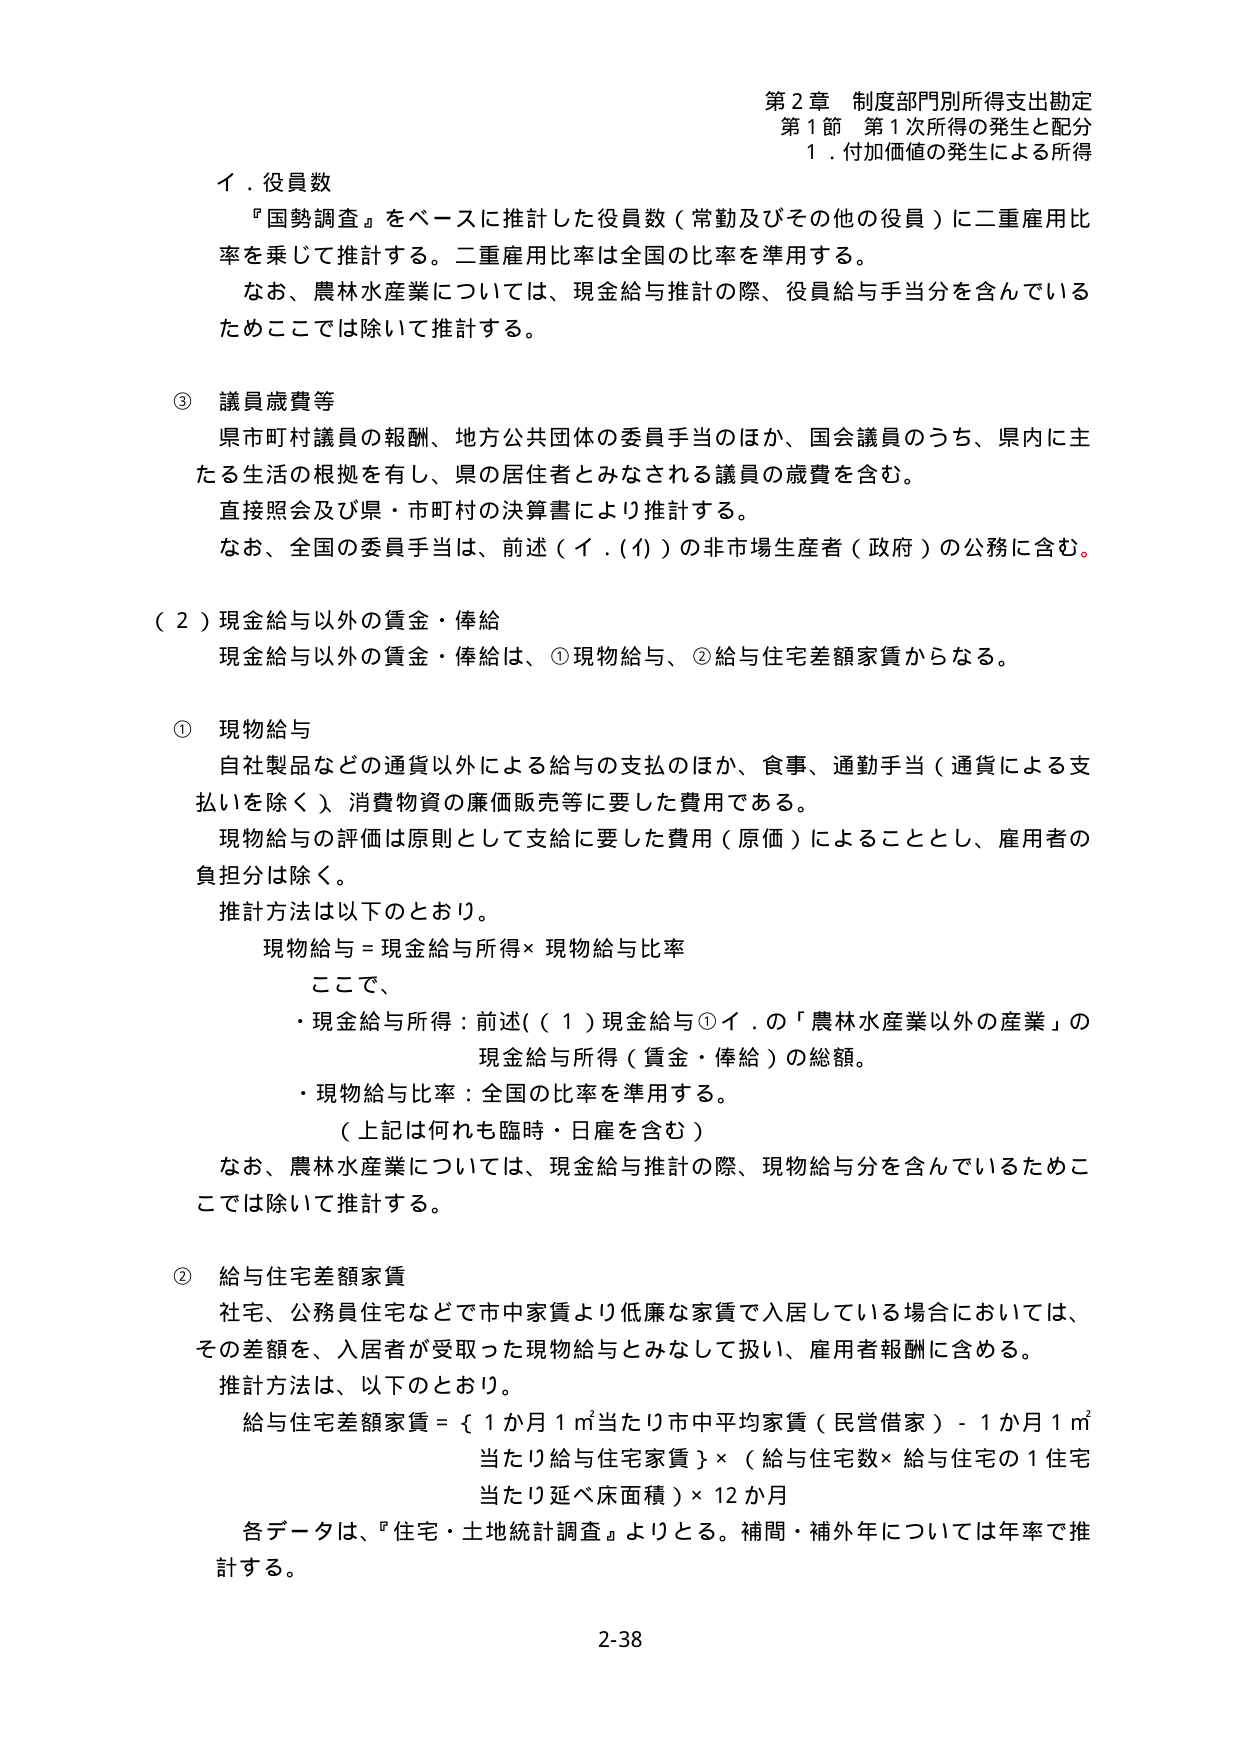
第２章 制度部門別所得支出勘定
第１節 第１次所得の発生と配分
１．付加価値の発生による所得

イ．役員数
『国勢調査』をベースに推計した役員数（常勤及びその他の役員）に二重雇用比率を乗じて推計する。二重雇用比率は全国の比率を準用する。
なお、農林水産業については、現金給与推計の際、役員給与手当分を含んでいるためここでは除いて推計する。

③ 議員歳費等
県市町村議員の報酬、地方公共団体の委員手当のほか、国会議員のうち、県内に主たる生活の根拠を有し、県の居住者とみなされる議員の歳費を含む。
直接照会及び県・市町村の決算書により推計する。
なお、全国の委員手当は、前述（イ．(イ)）の非市場生産者（政府）の公務に含む。

（２）現金給与以外の賃金・俸給
現金給与以外の賃金・俸給は、①現物給与、②給与住宅差額家賃からなる。

① 現物給与
自社製品などの通貨以外による給与の支払のほか、食事、通勤手当（通貨による支払いを除く）、消費物資の廉価販売等に要した費用である。
現物給与の評価は原則として支給に要した費用（原価）によることとし、雇用者の負担分は除く。
推計方法は以下のとおり。
　現物給与＝現金給与所得×現物給与比率
　ここで、
　・現金給与所得：前述（（１）現金給与①イ．の「農林水産業以外の産業」の現金給与所得（賃金・俸給）の総額。
　・現物給与比率：全国の比率を準用する。
　　（上記は何れも臨時・日雇を含む）
なお、農林水産業については、現金給与推計の際、現物給与分を含んでいるためここでは除いて推計する。

② 給与住宅差額家賃
社宅、公務員住宅などで市中家賃より低廉な家賃で入居している場合においては、その差額を、入居者が受取った現物給与とみなして扱い、雇用者報酬に含める。
推計方法は、以下のとおり。
　給与住宅差額家賃＝｛１か月１㎡当たり市中平均家賃（民営借家）－１か月１㎡当たり給与住宅家賃｝×（給与住宅数×給与住宅の１住宅当たり延べ床面積）×12か月
各データは、『住宅・土地統計調査』よりとる。補間・補外年については年率で推計する。

2-38